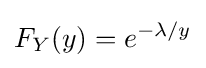
F_{Y}(y)=e^{-\lambda /y}